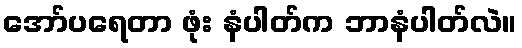
အော်ပရေတာ ဖုံး နံပါတ်က ဘာနံပါတ်လဲ။